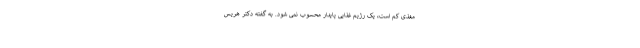
مغذی کم است، یک رژیم غذایی پایدار محسوب نمی شود. به گفته دکتر هریس